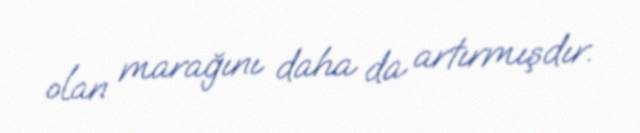
olan marağını daha da artırmışdır.